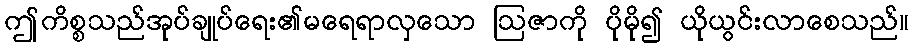
ဤကိစ္စသည်အုပ်ချုပ်ရေး၏မရေရာလှသော ဩဇာကို ပိုမို၍ ယိုယွင်းလာစေသည်။